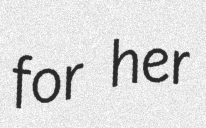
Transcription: for her